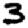
Digit: 3